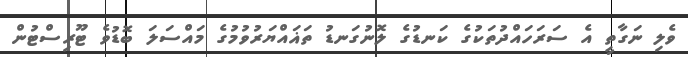
ވެލި ނަގާތީ އެ ސަރަހައްދުތަކުގެ ކަނޑުގެ ލޮނުގަނޑު ތަޣައްޔަރުވުމުގެ މައްސަލަ ބޮޑުވެ ޓޫރިސްޓުން